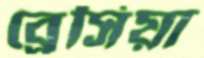
ব্রেসিয়া